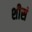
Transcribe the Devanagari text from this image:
शीसं